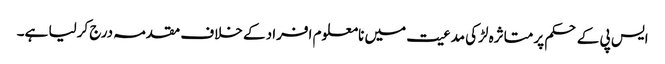
ایس پی کے حکم پر متاثرہ لڑکی مدعیت میں نامعلوم افراد کے خلاف مقدمہ درج کرلیا ہے۔